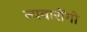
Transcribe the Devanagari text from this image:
न्यवारोंगो